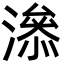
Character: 㵕